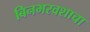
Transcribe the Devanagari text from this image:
बिनभरवशाचा